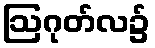
ဩဂုတ်လ၌